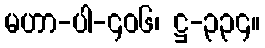
မဟာ-ပါ-၄၀၆၊ ဋ္ဌ-၃၃၄။